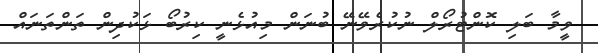
ވީމާ ބަލި ކޮންޓުރޯލް ނުކުރެވޭނޭ ބުނަން މިއުޅެނީ ކިރުބޯ ޅަކުދިން ތަންތަނައް